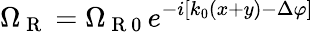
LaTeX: \Omega_{\mathrm{~R~}}=\Omega_{\mathrm{~R~0~}}e^{-i[k_{0}(x+y)-\Delta\varphi]}